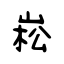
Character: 崧